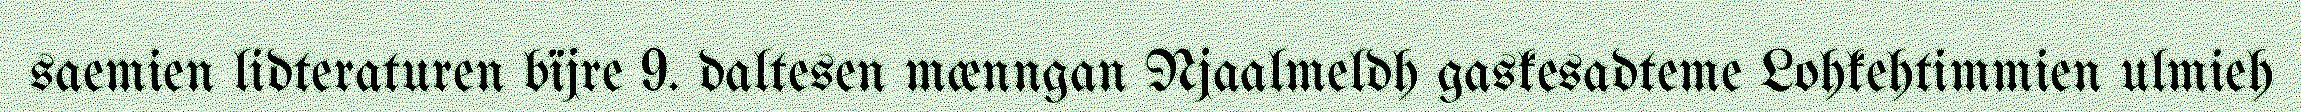
saemien lidteraturen bïjre 9. daltesen mænngan Njaalmeldh gaskesadteme Lohkehtimmien ulmieh